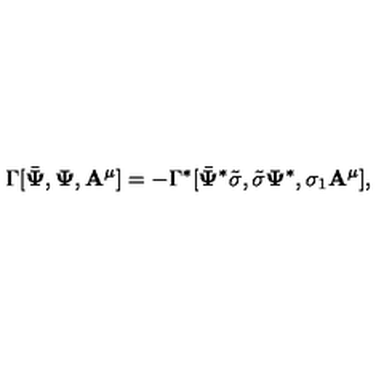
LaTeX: \Gamma [ \bar { { \bf \Psi } } , { \bf \Psi } , { \bf A ^ { \mu } } ] = - \Gamma ^ { * } [ \bar { { \bf \Psi } } ^ { * } \tilde { \sigma } , \tilde { \sigma } { \bf \Psi } ^ { * } , \sigma _ { 1 } { \bf A ^ { \mu } } ] ,